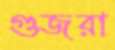
গুজরা